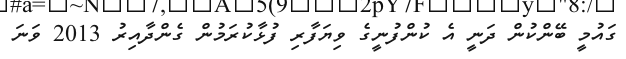
ގައުމީ ބޭންކުން ދަނީ އެ ކުންފުނީގެ ވިޔަފާރި ފުޅާކުރަމުން ގެންދާއިރު 2013 ވަނަ